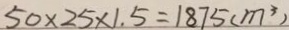
5 0 \times 2 5 \times 1 . 5 = 1 8 7 5 ( m ^ { 3 } )